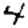
Digit: 4